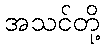
အသင်တို့